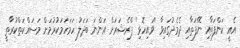
އެއީ ކަންފަތާއި ނޭފަތާއި ދެމެދުގައިވާ ''ވައިހޮޅި'' ޕްރެޝަރަށް އަންނަ ބަދަލު ހަމަހަމަކުރުމަށް މަސައްކަތްކުރާތީ